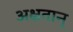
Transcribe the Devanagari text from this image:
अक्षतान्